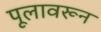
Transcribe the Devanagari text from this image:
पूलावरून